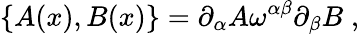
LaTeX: \{ A(x),B(x)\} =\partial_{\alpha}A\omega^{\alpha\beta}\partial_{\beta}B\; ,